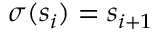
\sigma ( s _ { i } ) = s _ { i + 1 }